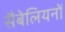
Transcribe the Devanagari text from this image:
सैबेलियनों